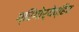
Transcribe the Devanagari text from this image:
ग्रिगोर्येव्हिच